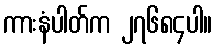
ကားနံပါတ်က ၂၇၆၈၄ပါ။